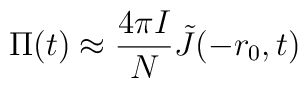
\Pi (t) \approx {4\pi I\over N}\tilde J(-r_0,t)